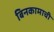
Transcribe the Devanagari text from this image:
बिनकामाची